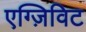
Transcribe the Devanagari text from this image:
एग्ज़िविट